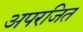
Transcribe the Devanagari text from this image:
अपरजित